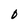
Character: O